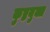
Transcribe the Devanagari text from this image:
कुष्ठयुक्त